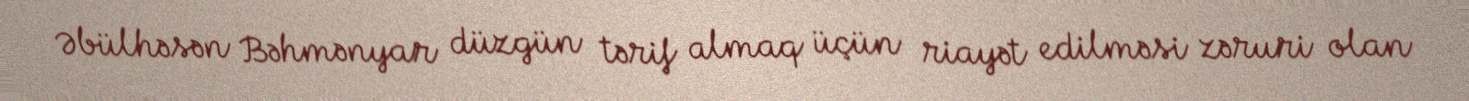
Əbülhəsən Bəhmənyar düzgün tərif almaq üçün riayət edilməsi zəruri olan